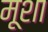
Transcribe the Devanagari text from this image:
मूशा